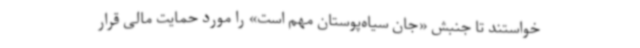
خواستند تا جنبش «جان سیاه‌پوستان مهم است» را مورد حمایت مالی قرار